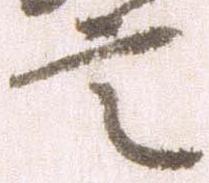
言